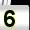
Digit: 5